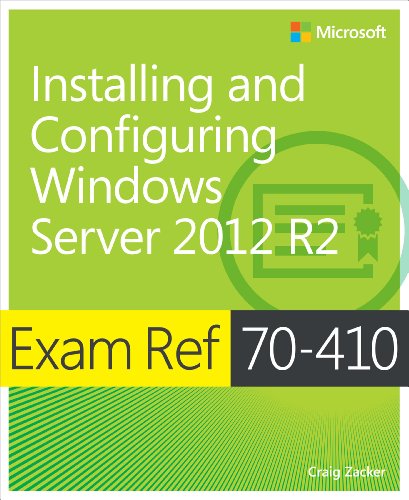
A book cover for Exam Ref 70-410 Installing and Configuring Windows Server 2012 R2 (MCSA); Craig Zacker; Computers & Technology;